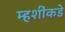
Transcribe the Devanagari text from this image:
म्हशींकडे